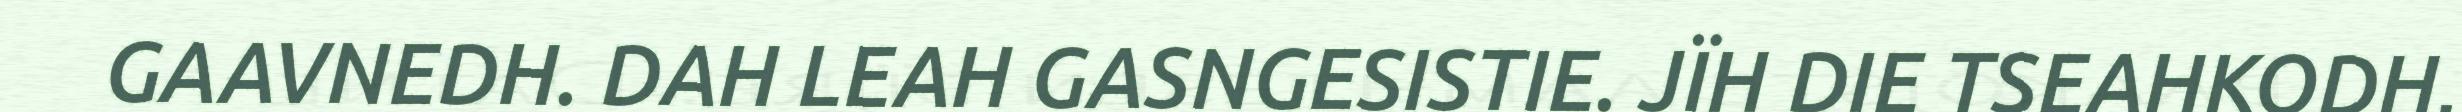
GAAVNEDH. DAH LEAH GASNGESISTIE. JÏH DIE TSEAHKODH,